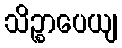
သိဉ္စာပေယျ